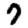
Digit: 7